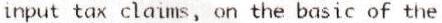
INPUT TAX CLAIMS, ON THE BASIC OF THE